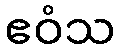
ဧဝံသ